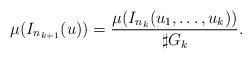
LaTeX: \begin{align*}\mu(I_{n_{k+1}}(u))=\frac{\mu(I_{n_k}(u_1,\ldots,u_k))}{\sharp G_k}.\end{align*}